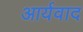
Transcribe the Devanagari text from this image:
आर्यवाद